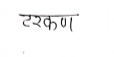
मजकूर: टरकण